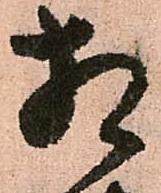
相